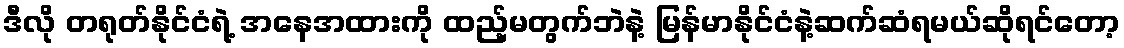
ဒီလို တရုတ်နိုင်ငံရဲ့ အနေအထားကို ထည့်မတွက်ဘဲနဲ့ မြန်မာနိုင်ငံနဲ့ဆက်ဆံရမယ်ဆိုရင်တော့